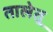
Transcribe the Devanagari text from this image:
तालेतू